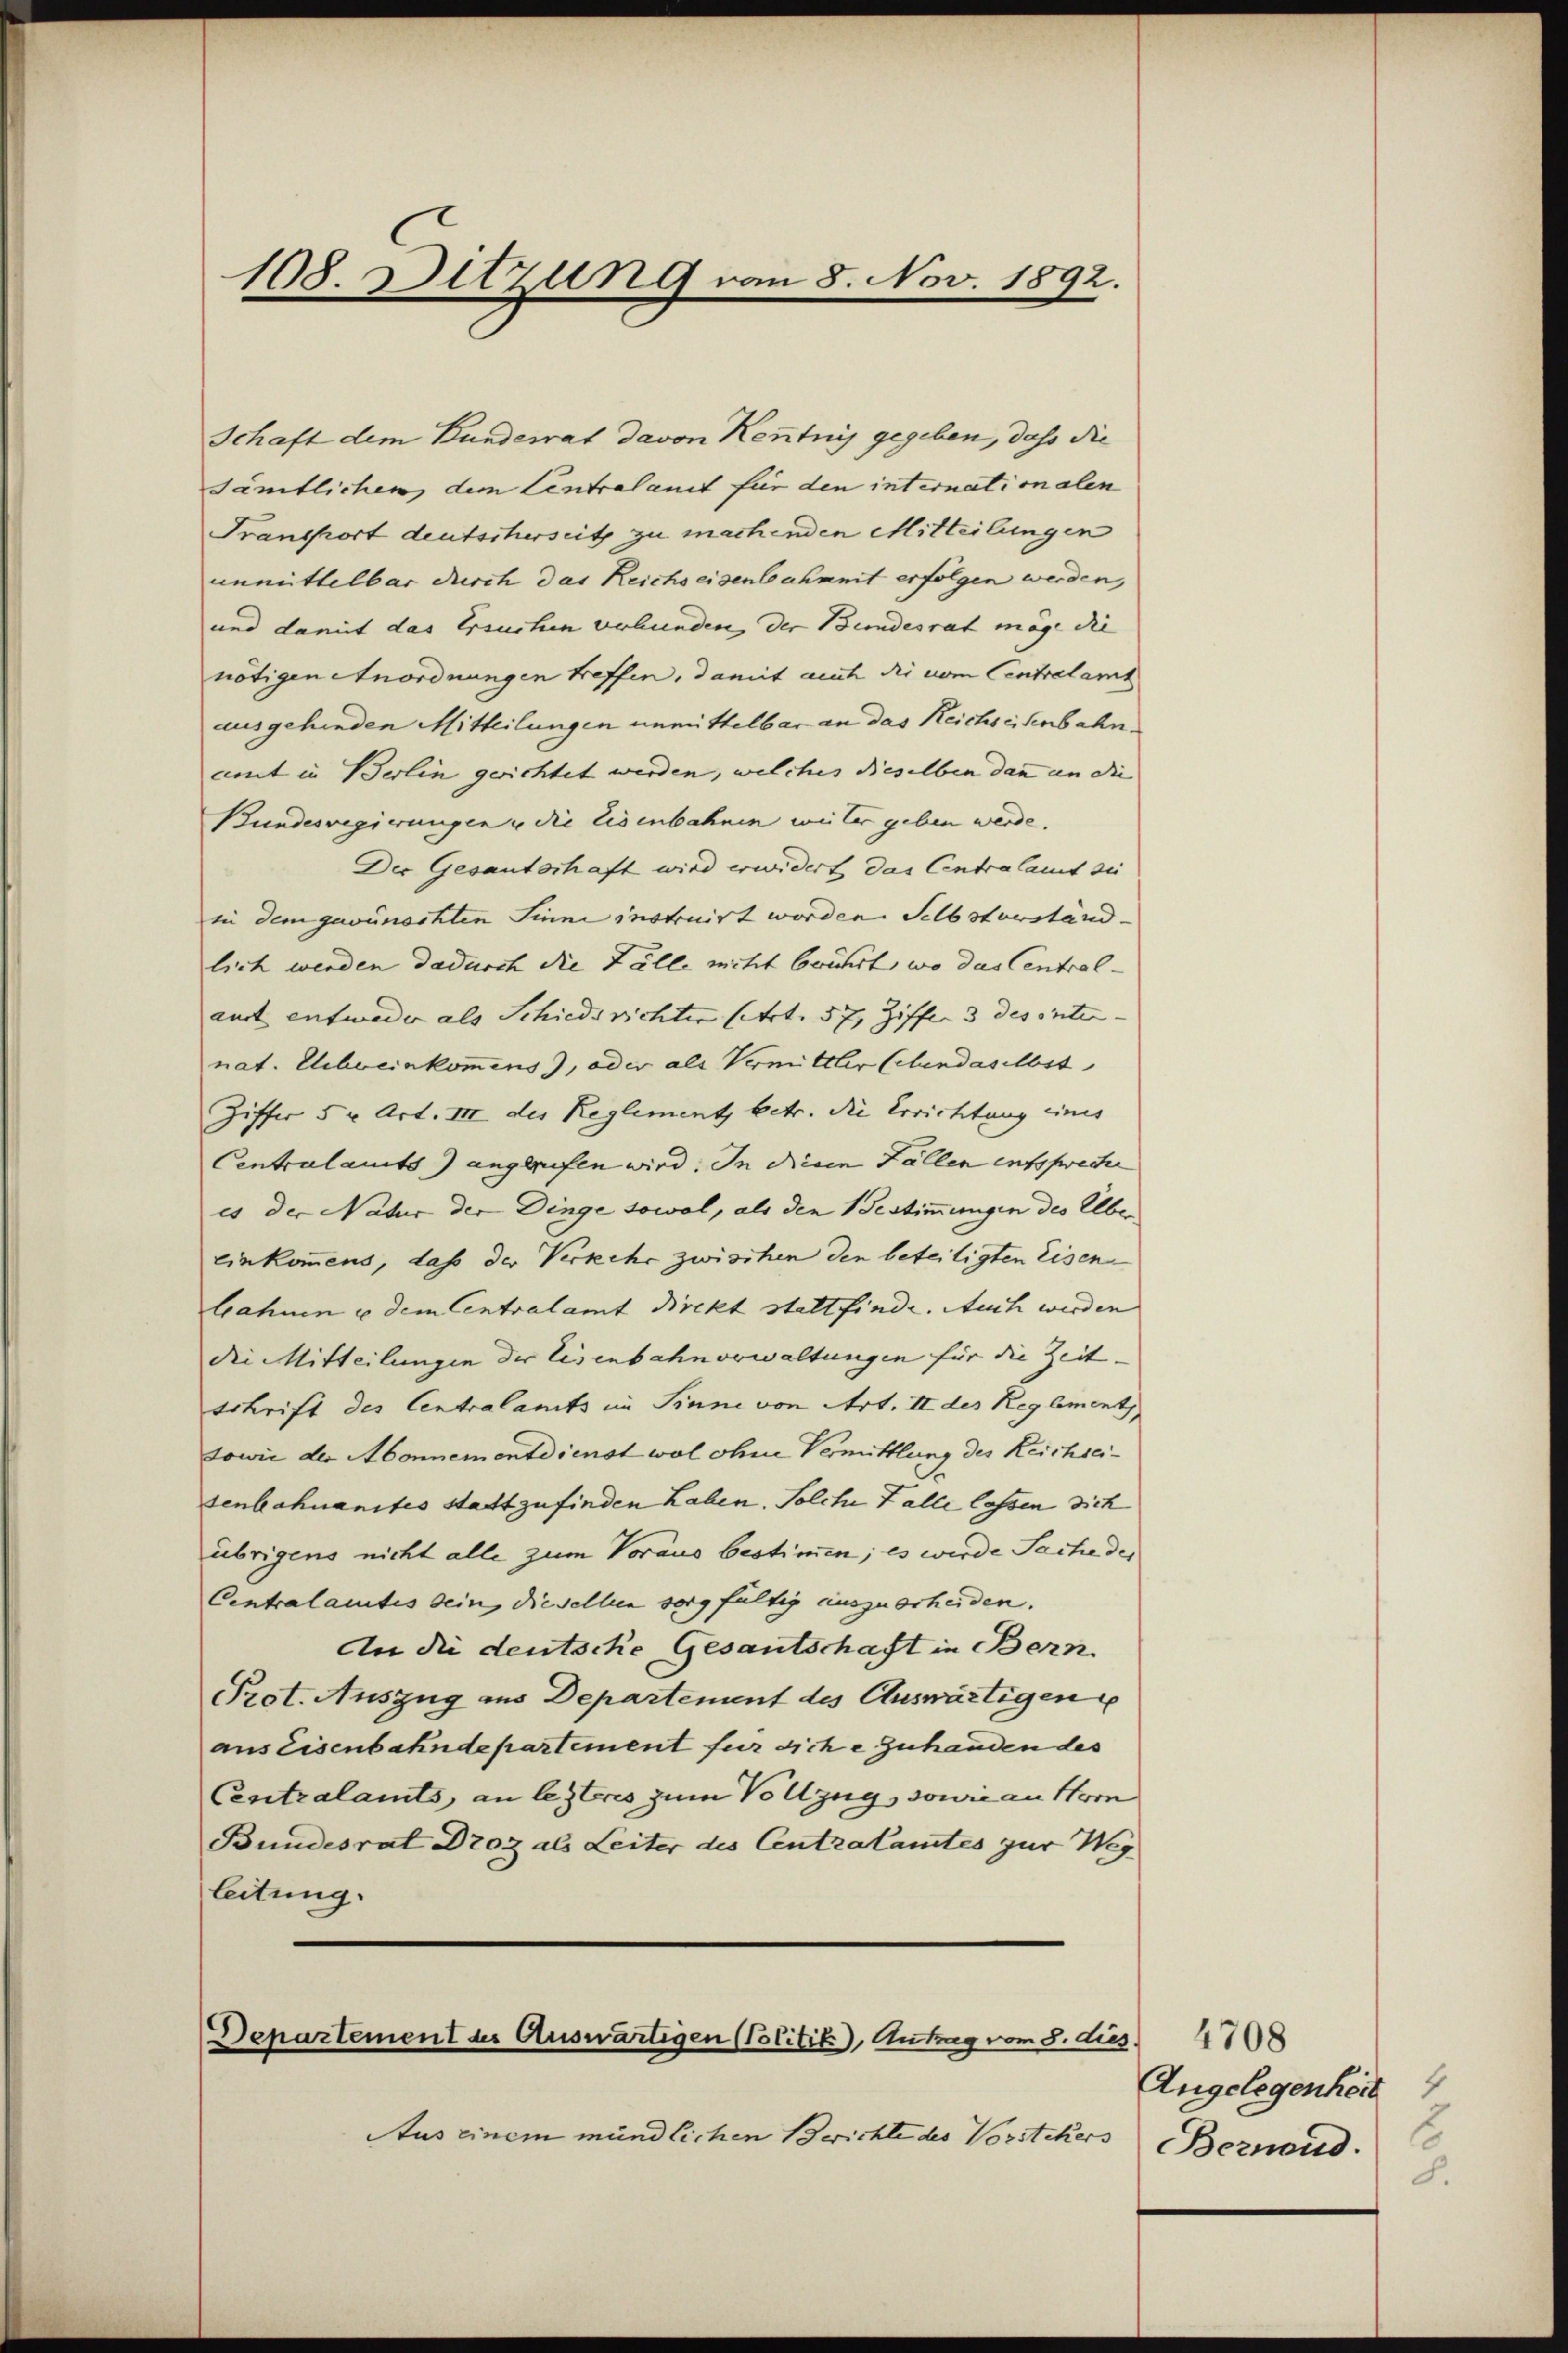
108. Sitzung von 8. Nov. 1892.

Schaft dem Bunderat davon Kenntnis gegeben, das die
Sämtlichen dem Centralamt für den internationalen
Fransport deutscherseitz zu machenden Mitteilungen
unmittelbar durch das Reichs eisenbahnmit erfolgen werden,
und damit das Ersuchen verbunden, der Bundesrat möge die
nötigen Anordnungen treffen, damit auch die vom Centralamt
ausgehinden Mitteilungen unmittelbar an das Reichseisenbahnmmt in Berlin gerichtet werden, welches dieselben dann an die |
Bundesregierungen u die Eisenbahnen weiter geben werde.
Der Gesantschaft wird erwidert das Centralamt zu
in dem gewünschten Sinne instruirt worden. Selbsterständ-
lich werden dadurch die Fälle mitt brührt, wo das Central-
aust entweder als Schiedsrichter (etrt. 57, Ziffer 3 des inter- |
nat. Uebereinkommens), oder als Vermittler Schendaselbst
Ziffer 5 r. Art. III des Reglement, betr. die Errichtung eines
Centralamts) angerufen wird. In diesen Fällen entspreche
es der Natur der Dinge sowol, als den Gestimmungen des Elber
einkommens, dass der Verkehr zwischen den beteiligten Eisen
bahnen u dem Centralamt Direkt stattfinde. Auch werden
die Mitteilungen der Eisenbahnverwaltungen für die Zeit. |
tchrift des Centralamts im Sinne von Art. II des Reglement
sowie der Abonnementdienst wol ohne Vermittlung des Reichseisenbahnanstes stattzufinden haben. Solche Falle lassen dich
übrigens nicht alle zum Voraus bestimmen; es werde Sache des
Centralamtes sein, dieselben sorgfältig auszuerheiden.
An die deutsche Gesantschaft in Bern.
Prot. Auszug aus Departement des Auswärtigen
aus Eisenbahndepartement für diche Zuhanden des
Centralamts, an lezteres zum Vollzug, sowie an Horn
Bundesrat Droz als Leiter des Antralamtes zur Weg
leitung.

Departement des Auswärtigen (Politik, Antrag vom 8. dies.

Aus einem mündlichen Berichte des Vorstehers

4708
Angelegenheit
2
Bernend.
8.